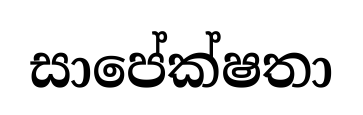
සාපේක්ෂතා